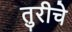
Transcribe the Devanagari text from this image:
तुरीचे